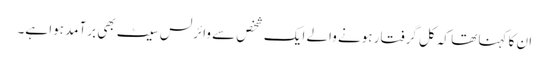
ان کا کہنا تھا کہ کل گرفتار ہونے والے ایک شخص سے وائرلس سیٹ بھی برآمد ہوا ہے۔